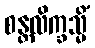
စန္တလိက္ခသ္မိံ